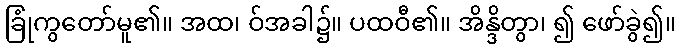
ခြုံကွတော်မူ၏။ အထ၊ ဝ်အခါ၌။ ပထဝီ၏။ အိန္ဒိတွာ၊ ၍ ဖော်ခွဲ၍။